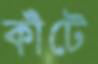
কাঁটে